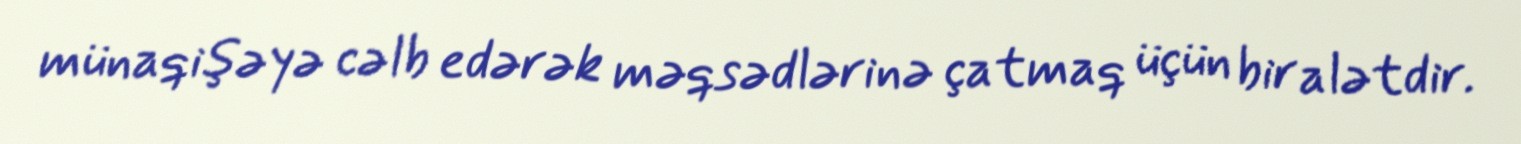
münaqişəyə cəlb edərək məqsədlərinə çatmaq üçün bir alətdir.